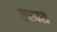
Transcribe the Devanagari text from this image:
एरक्स